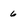
Character: 6